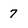
Character: 7